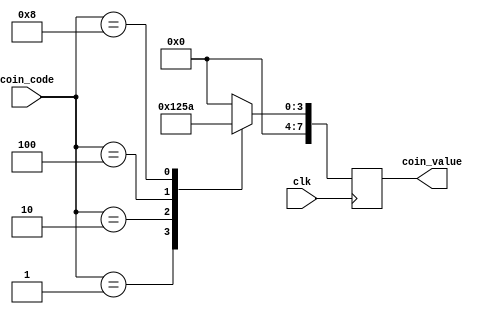
module CoinDetector (
	input wire clk,
    input wire [3:0] coin_code, // 
    output reg [7:0] coin_value  // 
);

//assign coin_code = coin_input; // 


always @(posedge clk) begin
    case (coin_code)
        4'b0001: begin 
            coin_value <= 8'd1;
        end

        4'b0010: begin 
            coin_value <= 8'd2;
        end
        4'b0100: begin 
            coin_value <= 8'd5;
        end
        4'b1000: begin 
            coin_value <= 8'd10;
        end
        default: begin
			coin_value <= 8'd0;
        end
    endcase
end

endmodule

/*




*/